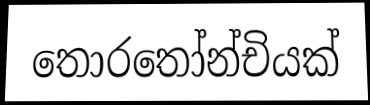
තොරතෝන්චියක්